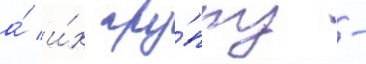
а́ и́х гру́ппу -